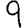
Digit: 9